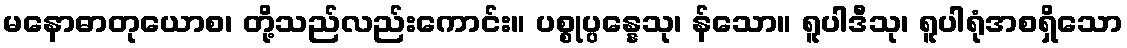
မနောဓာတုယောစ၊ တို့သည်လည်းကောင်း။ ပစ္စုပ္ပန္နေသု၊ န်သော။ ရူပါဒီသု၊ ရူပါရုံအစရှိသော